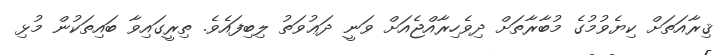
ޤިރާއަތަށް ކިޔެވުމުގެ މުބާރާތަށް ދިވެހިރާއްޖެއަށް ވަނީ ދަޢުވަތު ލިބިފައެވެ. ތިރީގައިވާ ބައިތަކުން މުޅި